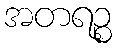
အတရဉ္စ